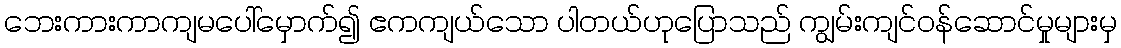
ဘေးကားကာကျမပေါ်မှောက်၍ ဧကကျယ်သော ပါတယ်ဟုပြောသည် ကျွမ်းကျင်ဝန်ဆောင်မှုများမှ